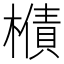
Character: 𱤣